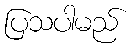
ပြသပါမည်